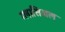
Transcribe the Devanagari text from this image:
ग्लासिअल